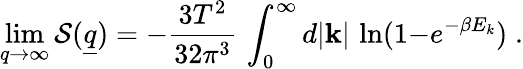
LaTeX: \operatorname*{lim}_{q\to\infty}{\cal S}(\underline{{{q}}})=-{\frac{3T^{2}}{32\pi^{3}}}\, \int_{0}^{\infty}d|{\mathbf k}|\, \ln(1{-}e^{-\beta E_{k}})\; .